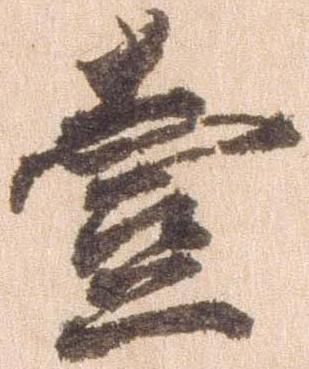
壱